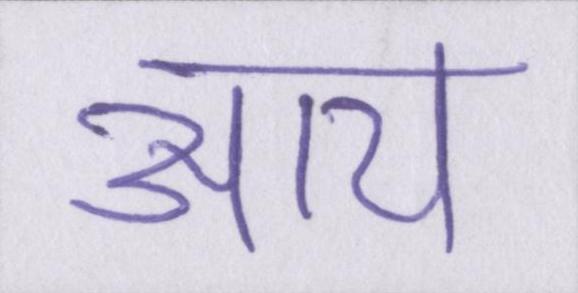
आय